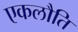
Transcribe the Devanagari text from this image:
एकलौति